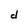
Character: d